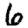
Digit: 6